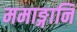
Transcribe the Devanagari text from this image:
ममाङ्गानि